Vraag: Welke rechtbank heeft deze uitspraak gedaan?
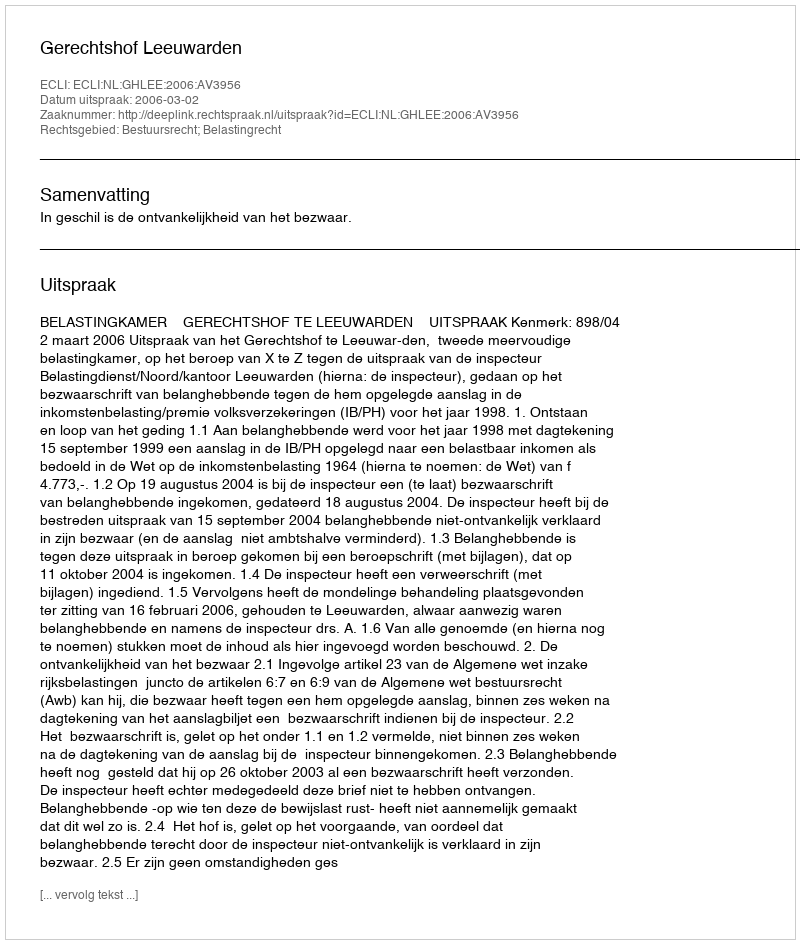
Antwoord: Gerechtshof Leeuwarden